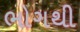
ભોગથી